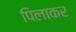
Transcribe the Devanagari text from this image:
पिलाकर